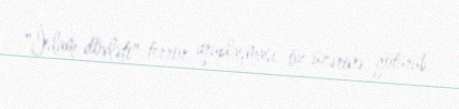
"İslam dövləti" terror qruplaşması öz üzərinə götürüb.